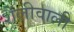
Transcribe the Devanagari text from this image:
शैलीवाली